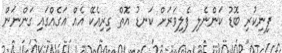
ފިނިކުރި ބޮޑު ކަންނެލި ފެލިވަރަށް ކަނޑު އޮތް ގިރިއެކޭ އެއް އަގެއްގައި ގަންނަން